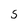
Character: s